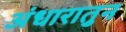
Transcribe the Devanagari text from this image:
अंधारातुन